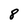
Character: 8